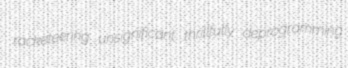
racketeering unsignificant thrillfully deprogramming